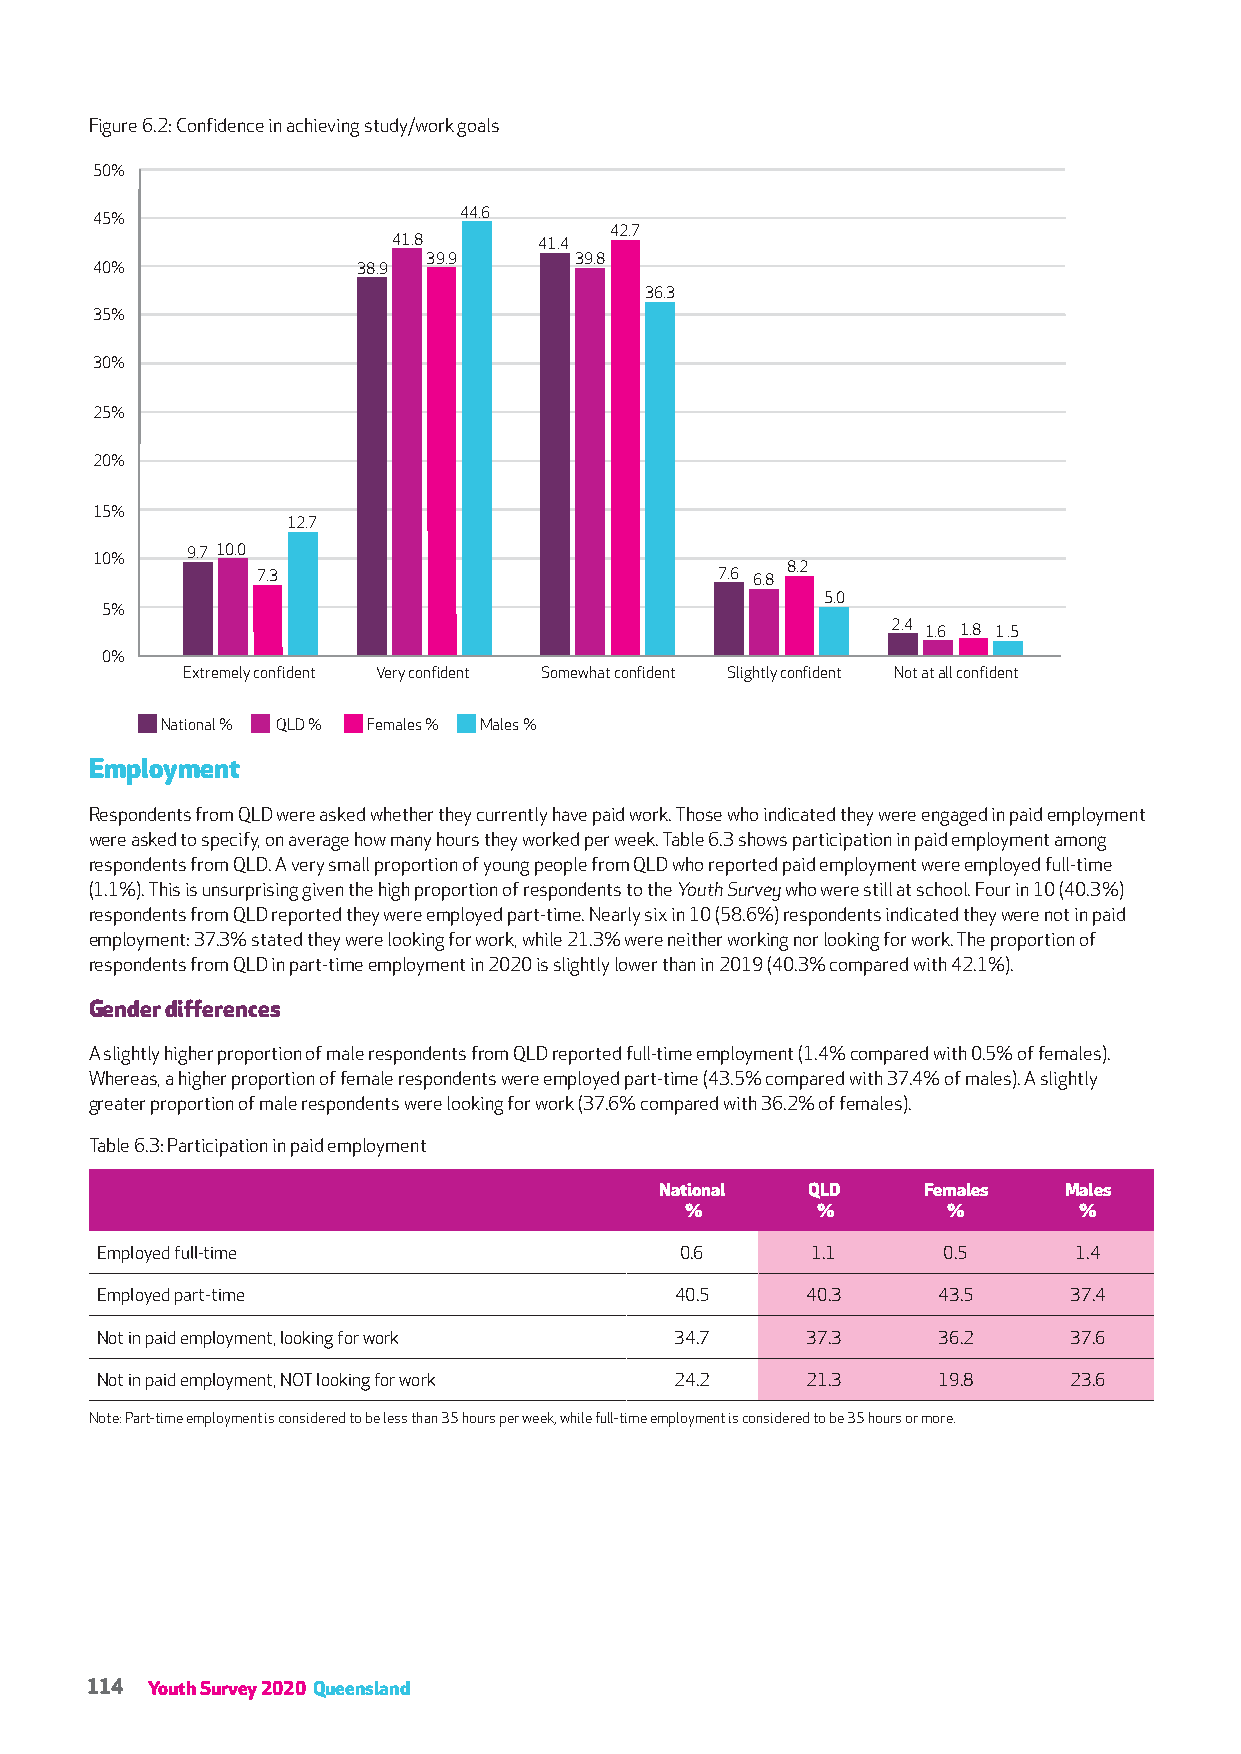
Figure 6.2: Confidence in achieving study/work goals
 50%
 45%                     44.6
 42.7
 41.8      41.4
 39.9      39.8
 40%               38.9
 36.3
 35%
 30%
 25%
 20%
 15%
 12.7
 9.7 10.0
 10%
 7.3                            7.6 8.2
 6.8
 5.0
 5%
 2.4 1.6 1.8 1 .5
 0%
 Extremely confident Very confident Somewhat confident Slightly confident Not at all confident
 National % QLD % Females % Males %
 Employment
 Respondents from QLD were asked whether they currently have paid work. Those who indicated they were engaged in paid employment
 were asked to specify, on average how many hours they worked per week. Table 6.3 shows participation in paid employment among
 respondents from QLD. A very small proportion of young people from QLD who reported paid employment were employed full-time
 (1.1%). This is unsurprising given the high proportion of respondents to the Youth Survey who were still at school. Four in 10 (40.3%)
 respondents from QLD reported they were employed part-time. Nearly six in 10 (58.6%) respondents indicated they were not in paid
 employment: 37.3% stated they were looking for work, while 21.3% were neither working nor looking for work. The proportion of
 respondents from QLD in part-time employment in 2020 is slightly lower than in 2019 (40.3% compared with 42.1%).
 Gender differences
 A slightly higher proportion of male respondents from QLD reported full-time employment (1.4% compared with 0.5% of females).
 Whereas, a higher proportion of female respondents were employed part-time (43.5% compared with 37.4% of males). A slightly
 greater proportion of male respondents were looking for work (37.6% compared with 36.2% of females).
 Table 6.3: Participation in paid employment
 National QLD     Females  Males
 %        %        %       %
 Employed full-time                     0.6      1.1     0.5      1.4
 Employed part-time                     40.5    40.3     43.5     37.4
 Not in paid employment, looking for work 34.7  37.3     36.2     37.6
 Not in paid employment, NOT looking for work 24.2 21.3  19.8     23.6
 Note: Part-time employment is considered to be less than 35 hours per week, while full-time employment is considered to be 35 hours or more.
 114 Youth Survey 2020 Queensland